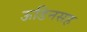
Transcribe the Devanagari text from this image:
ऊडिनसह